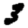
Digit: 3